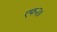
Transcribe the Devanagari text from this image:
एफ२७